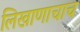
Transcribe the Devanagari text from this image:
लिखाणाचाच